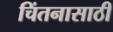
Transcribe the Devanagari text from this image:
चिंतनासाठी